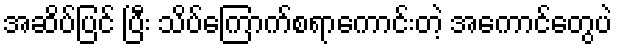
အဆိပ်ပြင် ပြီး သိပ်ကြောက်စရာကောင်းတဲ့ အကောင်တွေပဲ